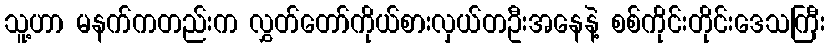
သူ့ဟာ မနက်ကတည်းက လွှတ်တော်ကိုယ်စားလှယ်တဦးအနေနဲ့ စစ်ကိုင်းတိုင်းဒေသကြီး